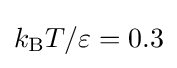
k_{\text{B}}T/\varepsilon =0.3